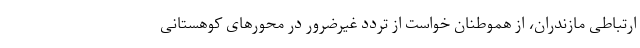
ارتباطی مازندران، از هموطنان خواست از تردد غیرضرور در محورهای کوهستانی